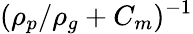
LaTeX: (\rho_{p}/\rho_{g}+C_{m})^{-1}